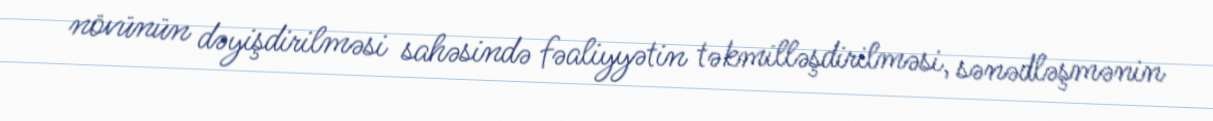
növünün dəyişdirilməsi sahəsində fəaliyyətin təkmilləşdirilməsi, sənədləşmənin